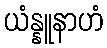
ယံန္နူနာဟံ